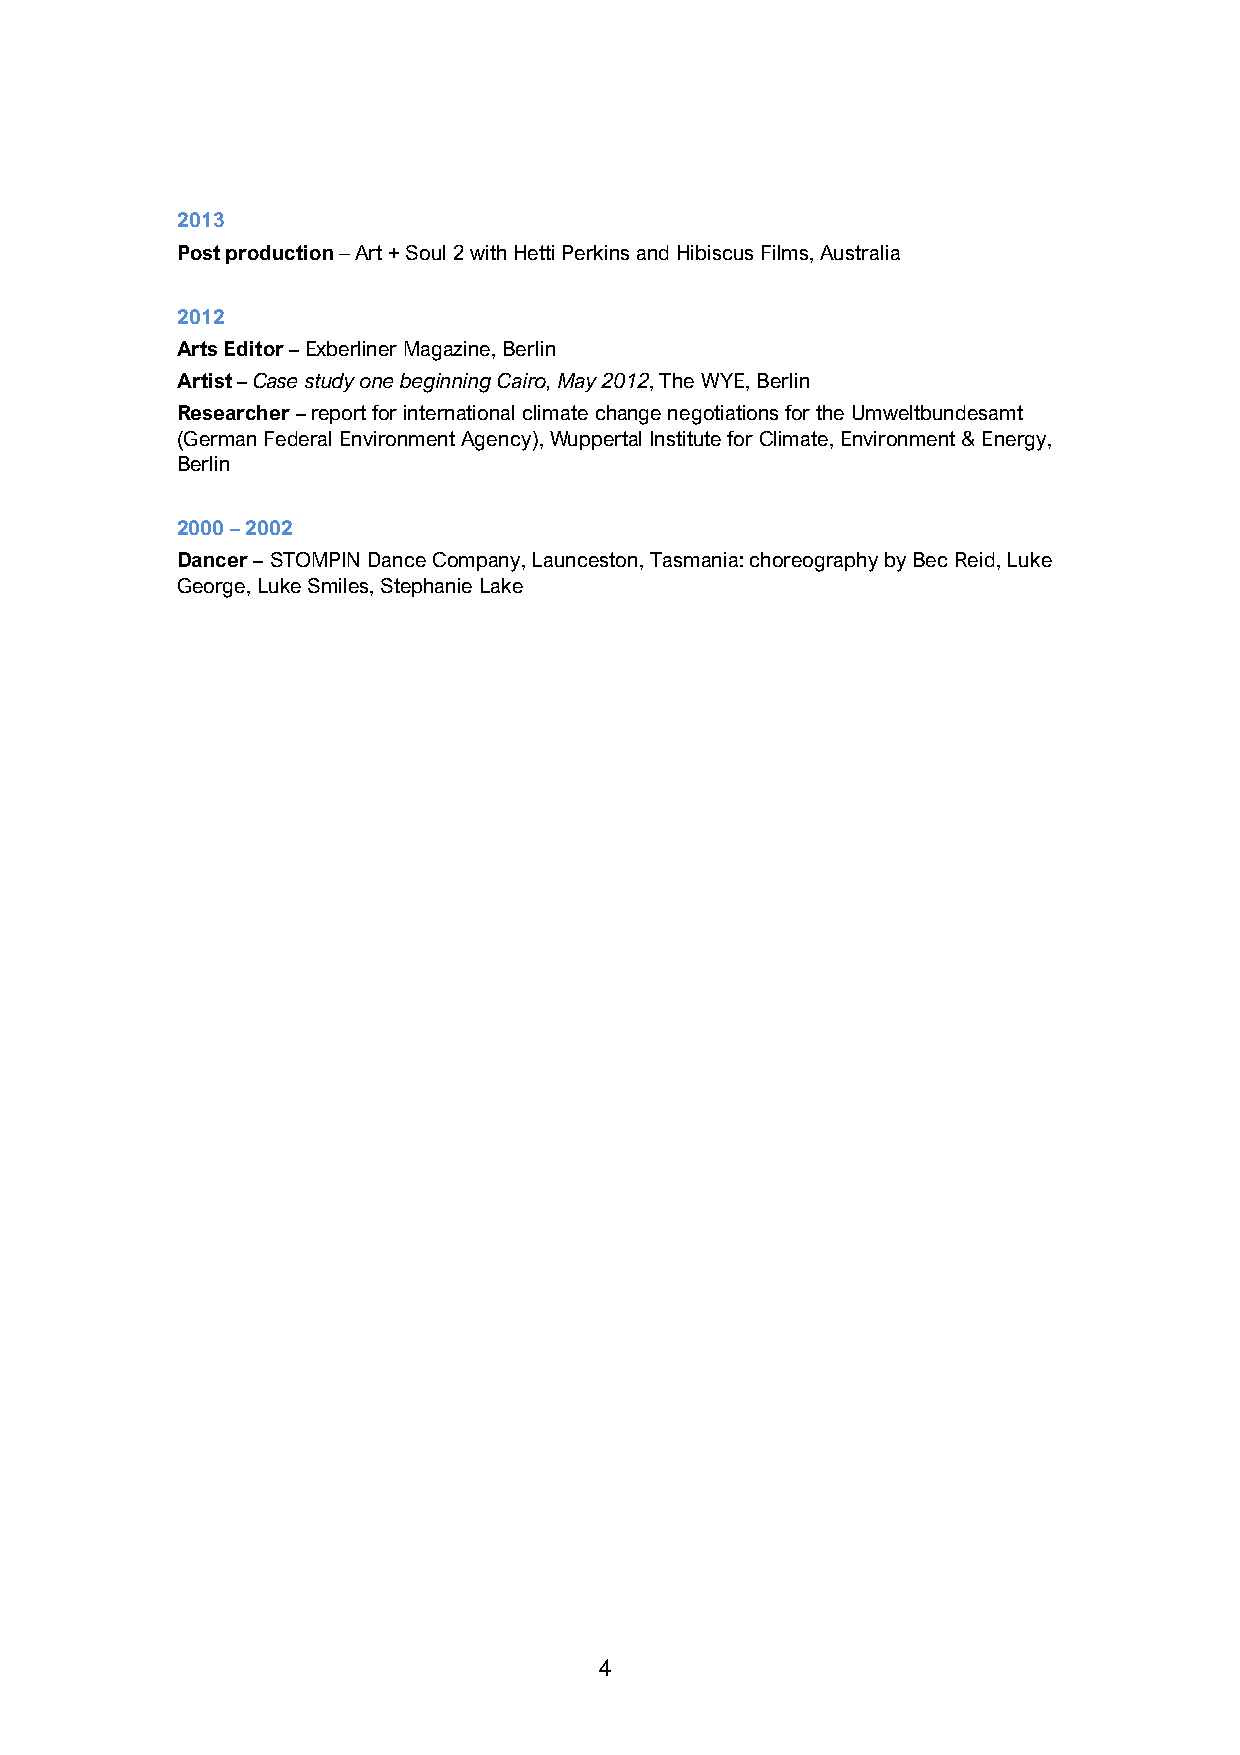
2013
 Post production – Art + Soul 2 with Hetti Perkins and Hibiscus Films, Australia
 2012
 Arts Editor – Exberliner Magazine, Berlin
 Artist – Case study one beginning Cairo, May 2012, The WYE, Berlin
 Researcher – report for international climate change negotiations for the Umweltbundesamt
 (German Federal Environment Agency), Wuppertal Institute for Climate, Environment & Energy,
 Berlin
 2000 – 2002
 Dancer – STOMPIN Dance Company, Launceston, Tasmania: choreography by Bec Reid, Luke
 George, Luke Smiles, Stephanie Lake
 4